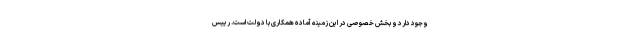
وجود دارد و بخش خصوصی در این زمینه آماده همکاری با دولت است. رییس